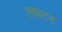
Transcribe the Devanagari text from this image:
लपटन